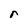
Character: r